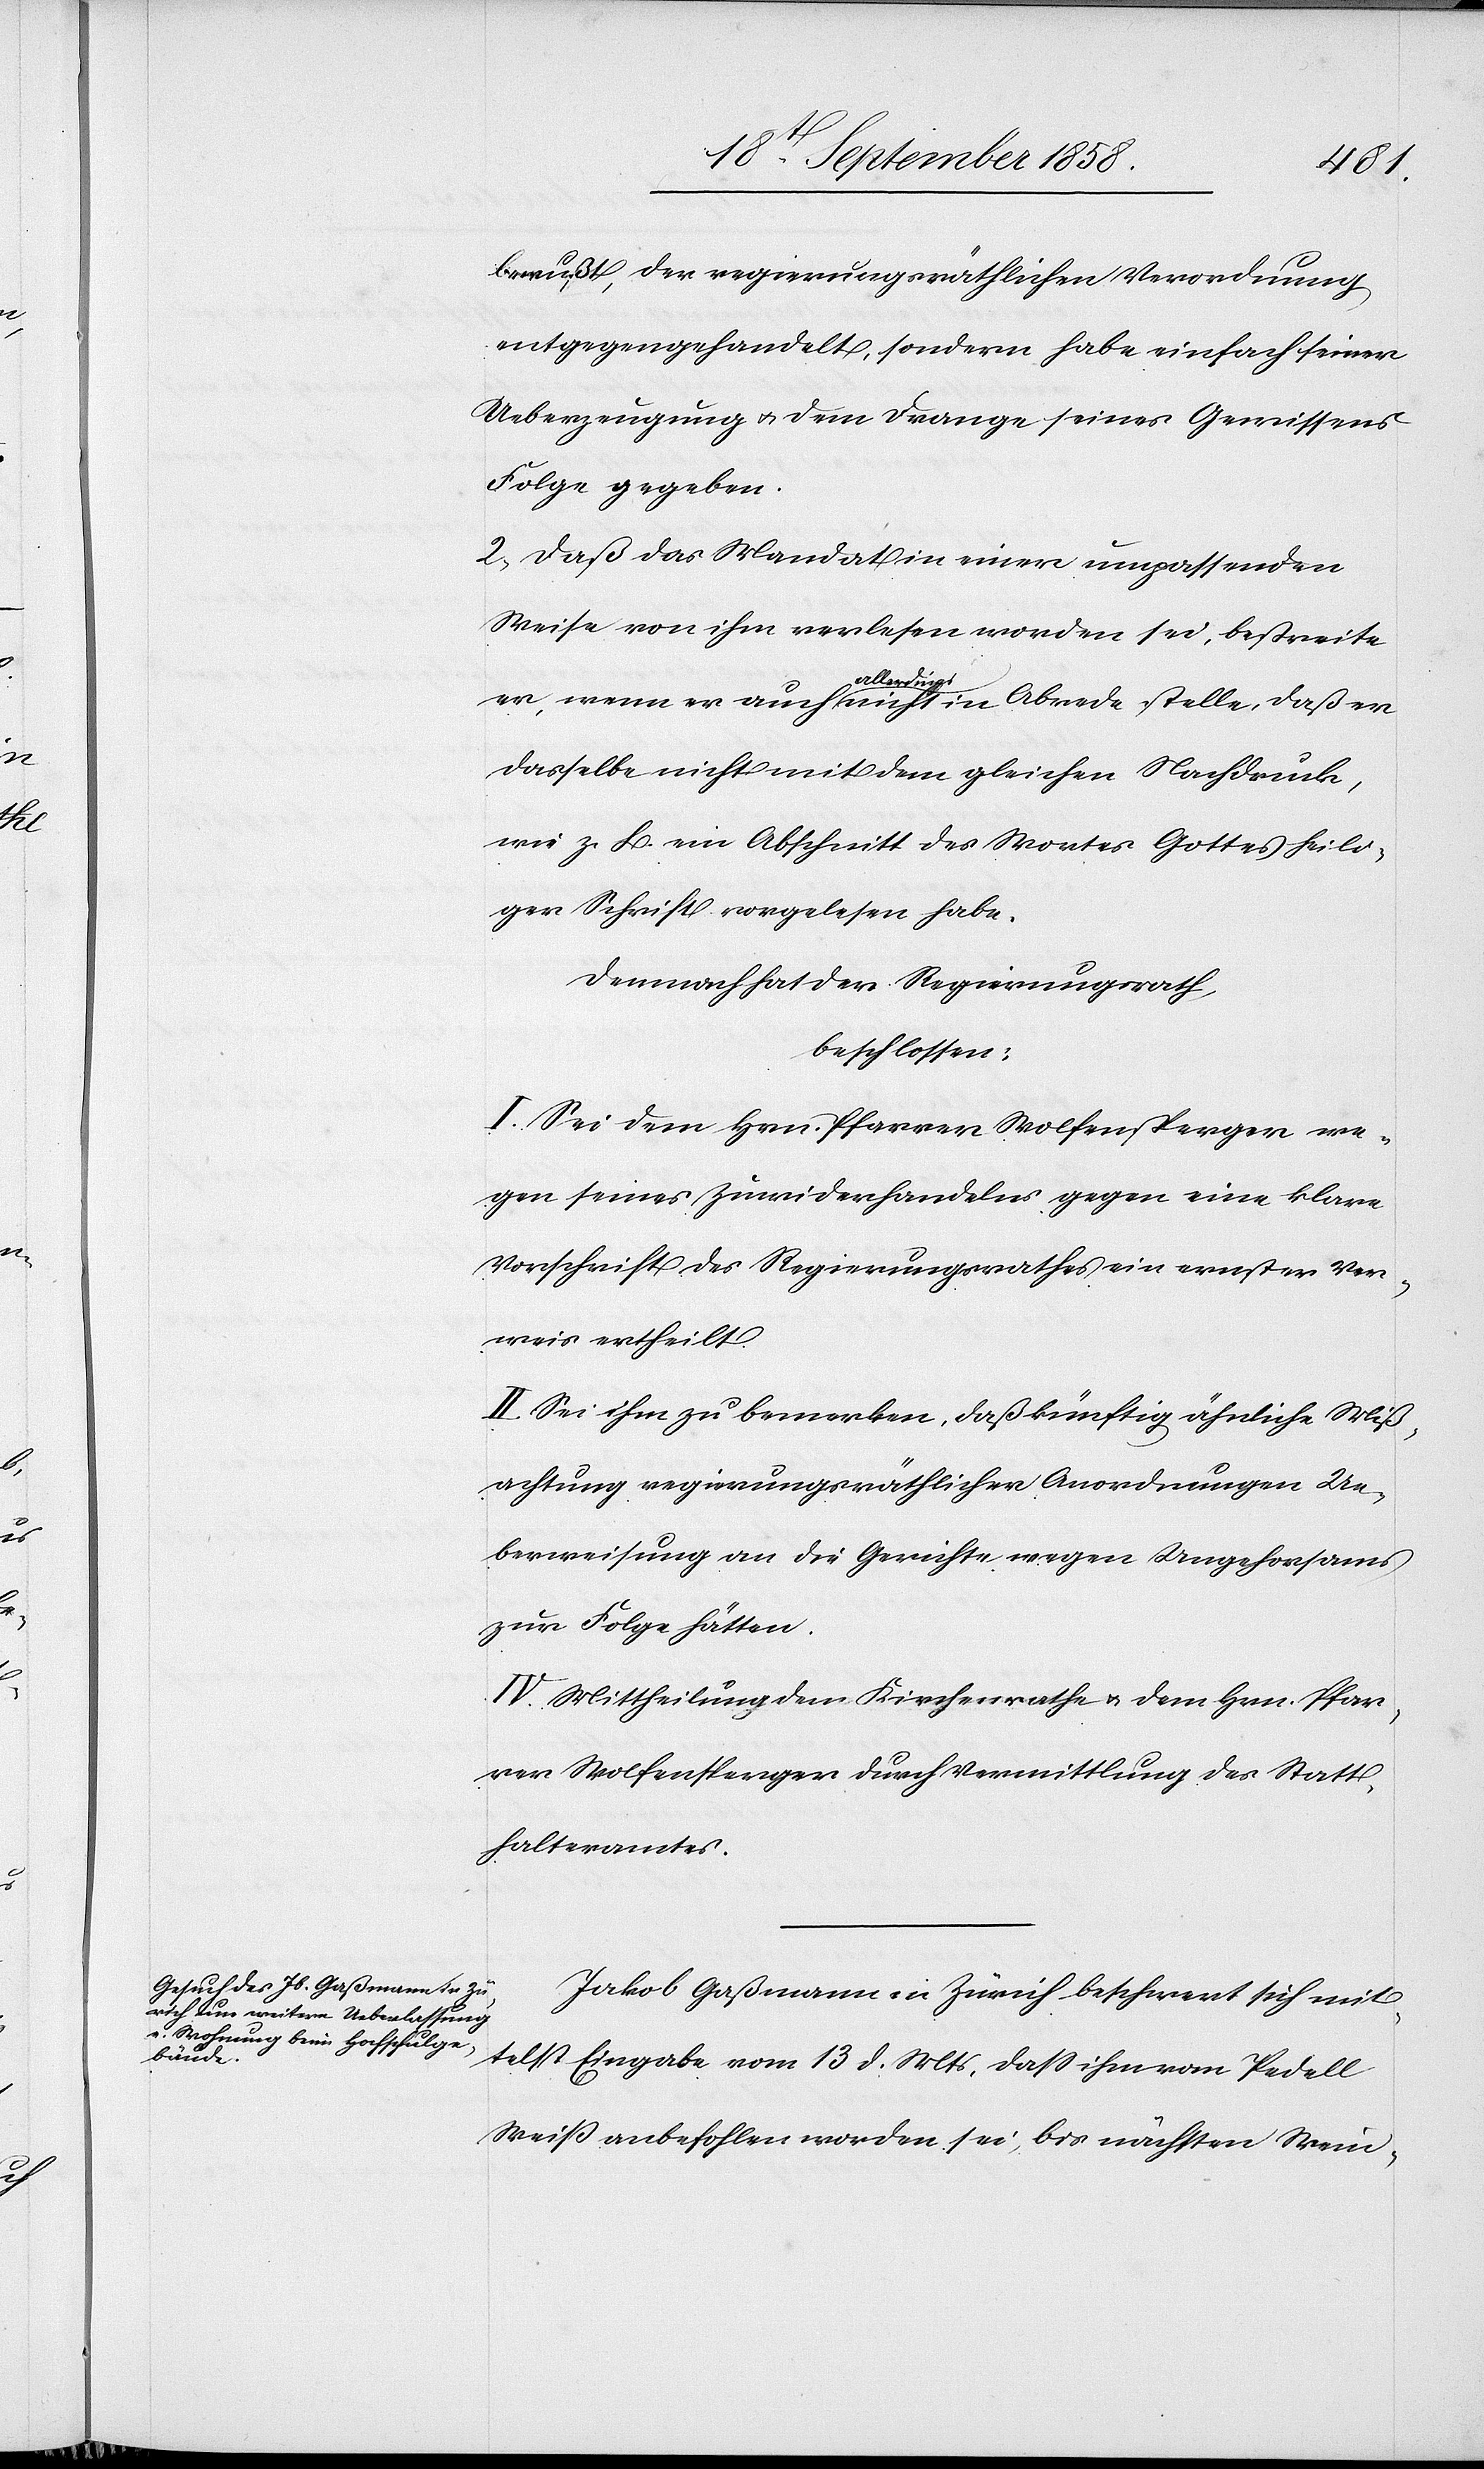
bewußt, der regierungsräthlichen Verordnung
entgegengehandelt, sondern habe einfach seiner
Ueberzeugung & dem Drange seines Gewissens
Folge gegeben.
2. Daß das Mandat in einer umpassenden
Weise von ihm verlesen worden sei, bestreite
er, wenn er auch allerdings nicht in Abrede stelle, daß er
dasselbe nicht mit dem gleichen Nachdruck,
wie z. B. ein Abschnitt des Wortes Gottes heili¬
ger Schrift vorgelesen habe.
Demnach hat der Regierungsrath,
beschlossen:
I. Sei dem Hrn. Pfarrer Wolfensperger we¬
gen seines Zuwiderhandelns gegen eine klare
Vorschrift des Regierungsrathes ein ernster Ver¬
weis ertheilt.
II. Sei ihm zu bemerken, daß künftig ähnliche Miß¬
achtung regierungsräthlicher Anordnungen Ue¬
berweisung an die Gerichte wegen Ungehorsams
zur Folge hätten.
III.] Mittheilung dem Kirchenrathe & dem Hrn. Pfar¬
rer Wolfensperger durch Vermittlung des Statt¬
halteramtes.
Jakob Gaßmann in Zürich beschwert sich mit¬
telst Eingabe vom 13 d. Mts, dass ihm vom Pedell
Weiß anbefohlen worden sei, bis nächsten Wein-